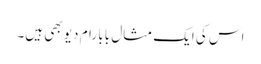
اس کی ایک مثال بابا رام دیو بھی ہیں۔